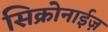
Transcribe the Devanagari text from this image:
सिक्रोनाईज़